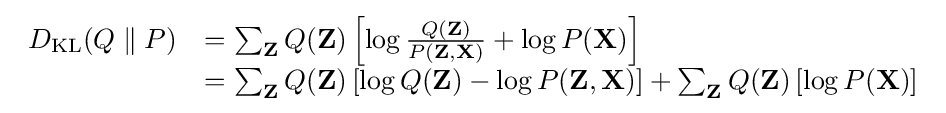
{\begin{array}{rl}D_{\mathrm {KL} }(Q\parallel P)&=\sum _{\mathbf {Z} }Q(\mathbf {Z} )\left[\log {\frac {Q(\mathbf {Z} )}{P(\mathbf {Z} ,\mathbf {X} )}}+\log P(\mathbf {X} )\right]\\&=\sum _{\mathbf {Z} }Q(\mathbf {Z} )\left[\log Q(\mathbf {Z} )-\log P(\mathbf {Z} ,\mathbf {X} )\right]+\sum _{\mathbf {Z} }Q(\mathbf {Z} )\left[\log P(\mathbf {X} )\right]\end{array}}